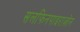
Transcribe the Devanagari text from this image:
सलफिनपाइराज़ोन